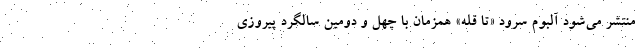
منتشر می‌شود آلبوم سرود «تا قله» همزمان با چهل و دومین سالگرد پیروزی